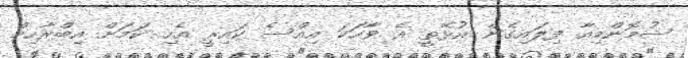
ޝުމޮންމިއާ ފިލައިގެން އުޅޭތީ އެ ވާހަކަ އިއްސެ ކައިރީ އެހި ކަމަށް އިބްރާހިމް